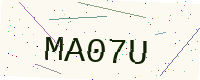
Text: MA07U